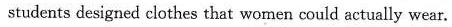
students designed clothes that women could actually wear.